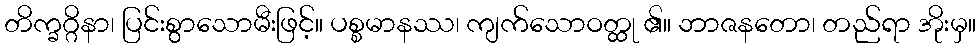
တိက္ခဂ္ဂိနာ၊ ပြင်းစွာသောမီးဖြင့်။ ပစ္စမာနဿ၊ ကျက်သောဝတ္ထု ၏။ ဘာဇနတော၊ တည်ရာ အိုးမှ။